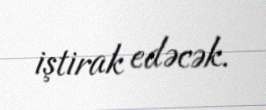
iştirak edəcək.